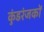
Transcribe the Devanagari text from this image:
कुंडरंजकों